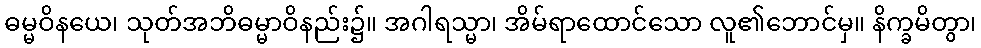
ဓမ္မဝိနယေ၊ သုတ်အဘိဓမ္မာဝိနည်း၌။ အဂါရသ္မာ၊ အိမ်ရာထောင်သော လူ၏ဘောင်မှ။ နိက္ခမိတွာ၊